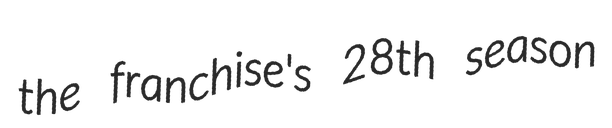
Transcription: the franchise's 28th season